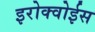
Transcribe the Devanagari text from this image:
इरोक्वोईस